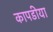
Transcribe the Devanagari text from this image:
कापडीया